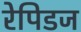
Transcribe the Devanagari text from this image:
रेपिडज